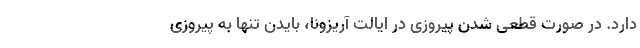
دارد. در صورت قطعی شدن پیروزی در ایالت آریزونا، بایدن تنها به پیروزی